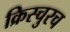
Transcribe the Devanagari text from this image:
क्रिस्चुरच